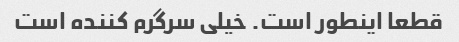
قطعا اینطور است. خیلی سرگرم کننده است